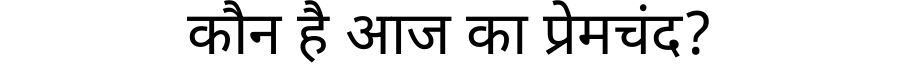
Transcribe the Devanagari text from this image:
कौन है आज का प्रेमचंद?